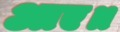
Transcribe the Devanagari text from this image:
आए॥